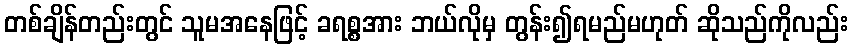
တစ်ချိန်တည်းတွင် သူမအနေဖြင့် ခရစ္စအား ဘယ်လိုမှ တွန်း၍ရမည်မဟုတ် ဆိုသည်ကိုလည်း